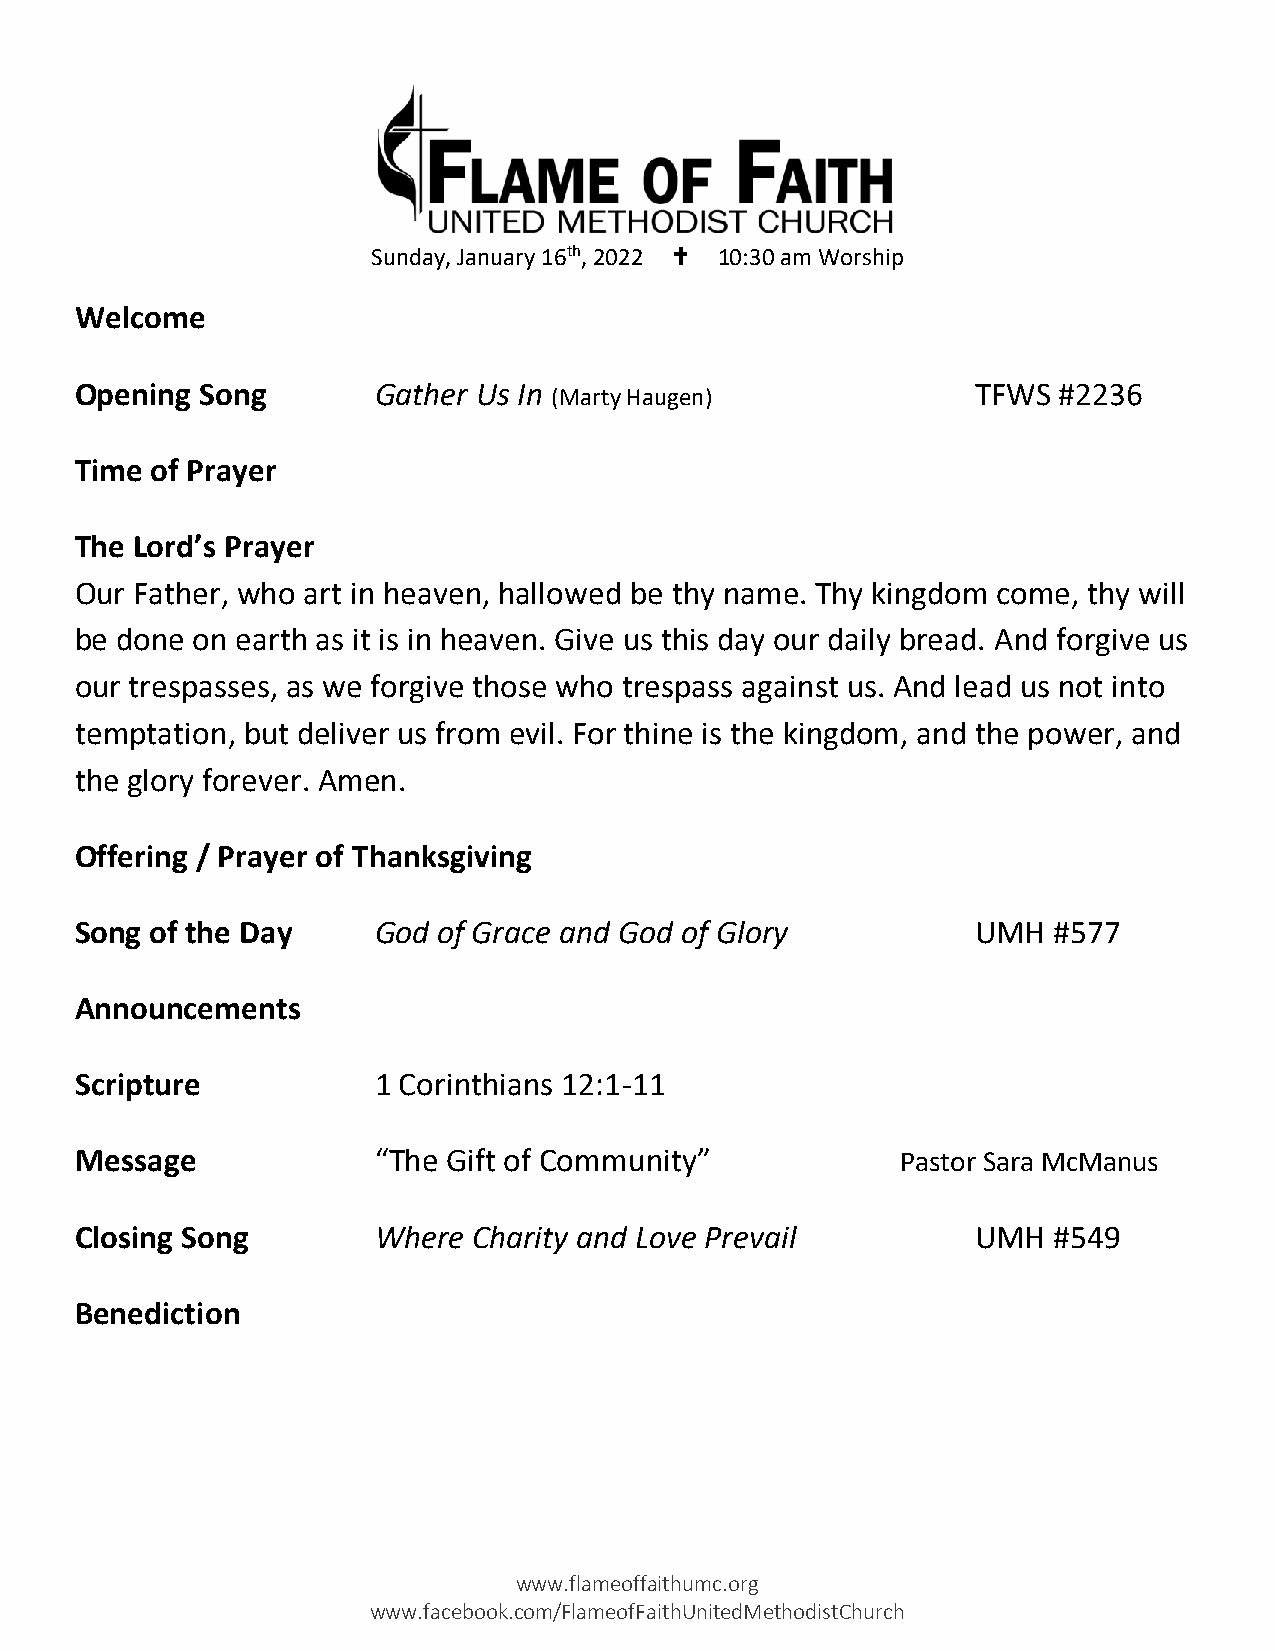
Sunday, January 16th, 2022  10:30 am Worship
 Welcome
 Opening Song        Gather Us In (Marty Haugen)             TFWS #2236
 Time of Prayer
 The Lord’s Prayer
 Our Father, who art in heaven, hallowed be thy name. Thy kingdom come, thy will
 be done on earth as it is in heaven. Give us this day our daily bread. And forgive us
 our trespasses, as we forgive those who trespass against us. And lead us not into
 temptation, but deliver us from evil. For thine is the kingdom, and the power, and
 the glory forever. Amen.
 Offering / Prayer of Thanksgiving
 Song of the Day     God of Grace and God of Glory           UMH  #577
 Announcements
 Scripture           1 Corinthians 12:1-11
 Message             “The Gift of Community”            Pastor Sara McManus
 Closing Song        Where Charity and Love Prevail          UMH  #549
 Benediction
 www.flameoffaithumc.org
 www.facebook.com/FlameofFaithUnitedMethodistChurch